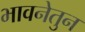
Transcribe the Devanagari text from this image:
भावनेतुन